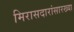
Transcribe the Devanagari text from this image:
मिरासदारांसारख्या